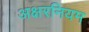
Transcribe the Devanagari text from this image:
अक्षरनियम